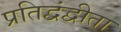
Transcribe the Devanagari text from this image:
प्रतिद्वंद्वीता